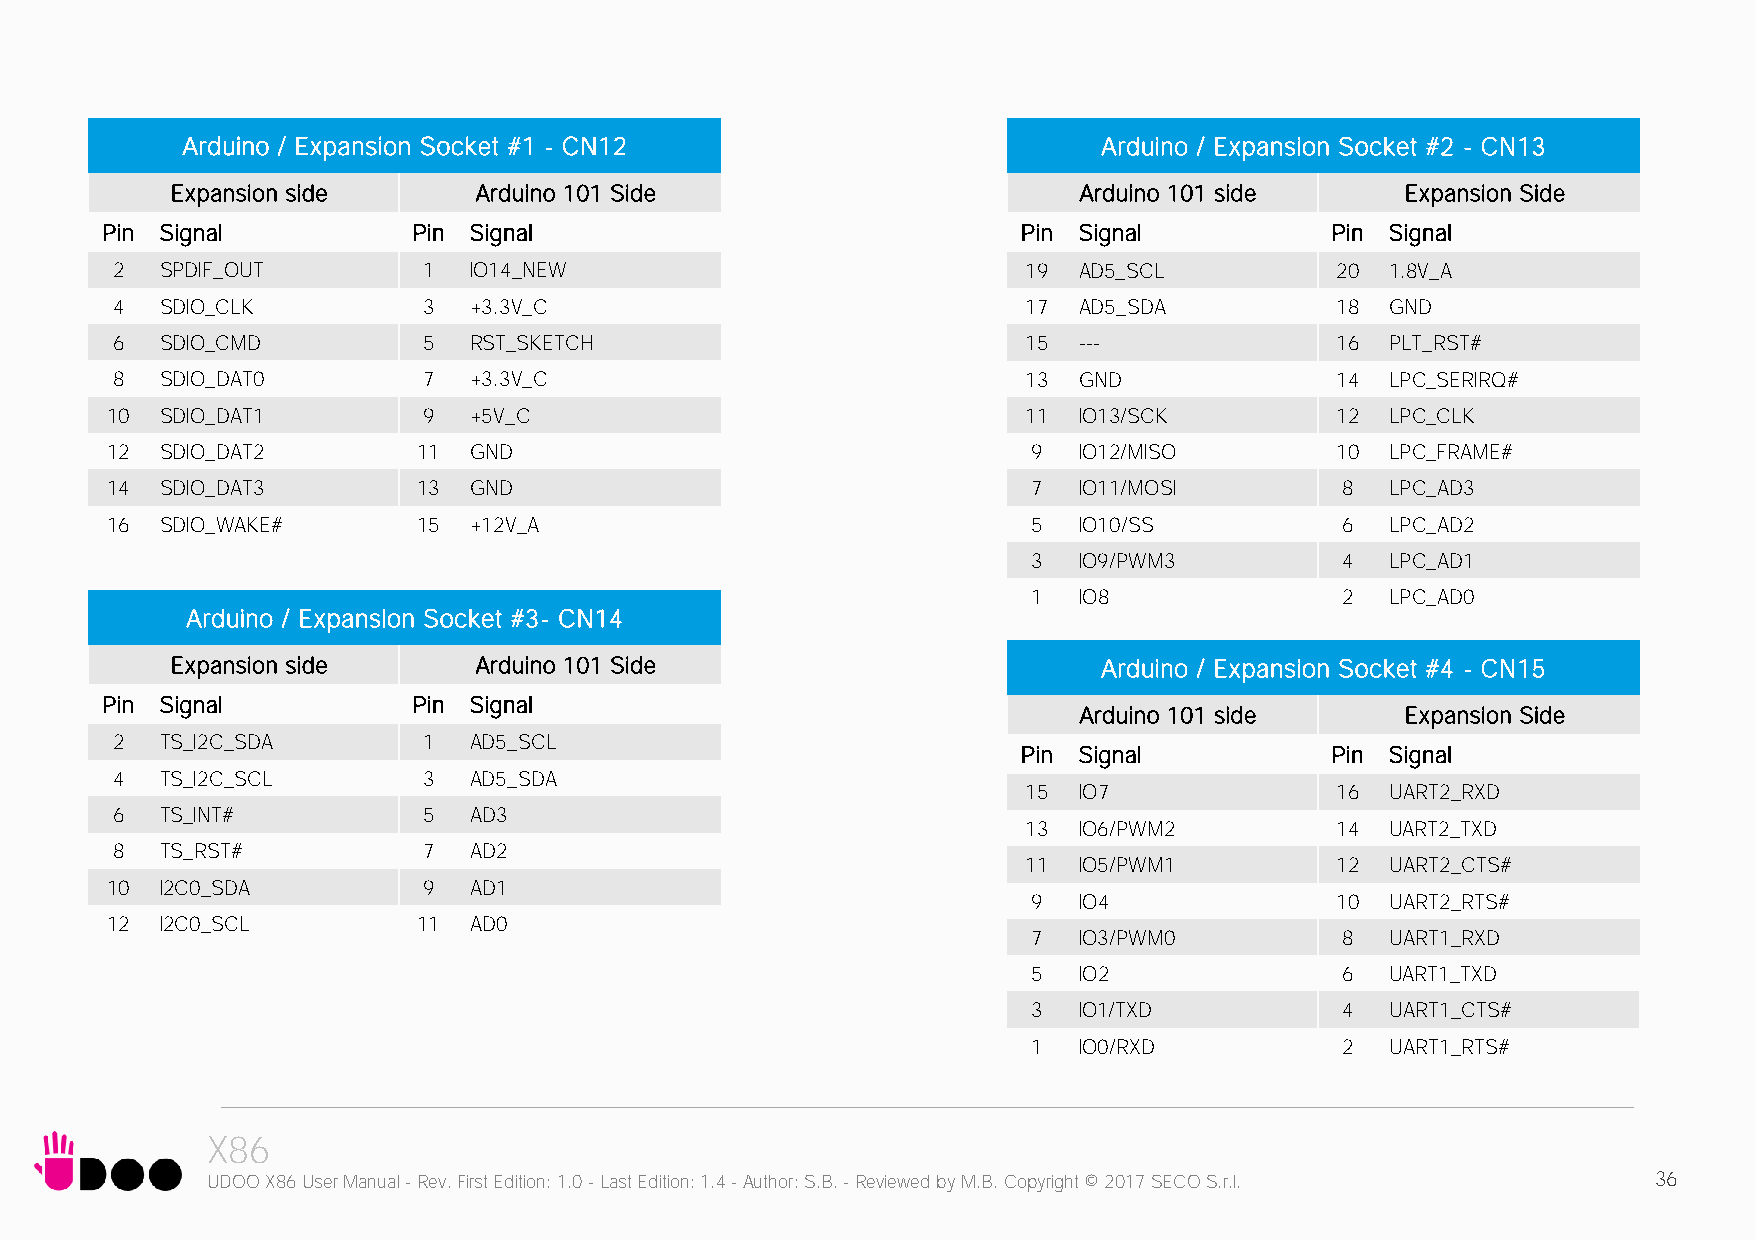
Arduino / Expansion Socket #1 - CN12                         Arduino / Expansion Socket #2 - CN13
 Expansion side      Arduino 101 Side                        Arduino 101 side      Expansion Side
 Pin Signal          Pin Signal                               Pin Signal          Pin Signal
 2   SPDIF_OUT        1  IO14_NEW                             19 AD5_SCL          20  1.8V_A
 4   SDIO_CLK         3  +3.3V_C                              17 AD5_SDA          18  GND
 6   SDIO_CMD         5  RST_SKETCH                           15 ---              16  PLT_RST#
 8   SDIO_DAT0        7  +3.3V_C                              13 GND              14  LPC_SERIRQ#
 10  SDIO_DAT1        9  +5V_C                                11 IO13/SCK         12  LPC_CLK
 12  SDIO_DAT2        11 GND                                  9  IO12/MISO        10  LPC_FRAME#
 14  SDIO_DAT3        13 GND                                  7  IO11/MOSI         8  LPC_AD3
 16  SDIO_WAKE#       15 +12V_A                               5  IO10/SS           6  LPC_AD2
 3  IO9/PWM3          4  LPC_AD1
 1  IO8               2  LPC_AD0
 Arduino / Expansion Socket #3- CN14
 Expansion side      Arduino 101 Side                          Arduino / Expansion Socket #4 - CN15
 Pin Signal          Pin Signal
 Arduino 101 side      Expansion Side
 2   TS_I2C_SDA       1  AD5_SCL
 Pin Signal          Pin Signal
 4   TS_I2C_SCL       3  AD5_SDA
 15 IO7              16  UART2_RXD
 6   TS_INT#          5  AD3
 13 IO6/PWM2         14  UART2_TXD
 8   TS_RST#          7  AD2
 11 IO5/PWM1         12  UART2_CTS#
 10  I2C0_SDA         9  AD1
 9  IO4              10  UART2_RTS#
 12  I2C0_SCL         11 AD0
 7  IO3/PWM0          8  UART1_RXD
 5  IO2               6  UART1_TXD
 3  IO1/TXD           4  UART1_CTS#
 1  IO0/RXD           2  UART1_RTS#
 X86
 UDOO X86 User Manual - Rev. First Edition: 1.0 - Last Edition: 1.4 - Author: S.B. - Reviewed by M.B. Copyright © 2017 SECO S.r.l. 36